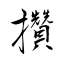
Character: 攢